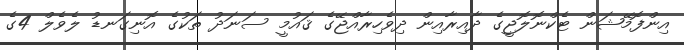
އިންފޮމޭޝަން ޓެކްނޮލޮޖީގެ ދާއިރާއިން ދިވެހިރާއްޖޭގެ ޤައުމީ ސަނަދު ތަކުގެ އޮނިގަނޑު ލެވެލް 4ގެ